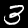
Label: 3